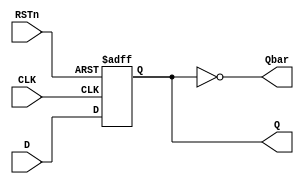
module D_FF_A_L (D, RSTn, CLK, Q, Qbar);
	input  D, RSTn, CLK;
	output reg Q;
	output Qbar;

	assign Qbar = ~Q;

	always@(posedge CLK or negedge RSTn) begin
		if(~RSTn) begin
			Q <= 0;
		end
		else 
			Q <= D;
	end


endmodule